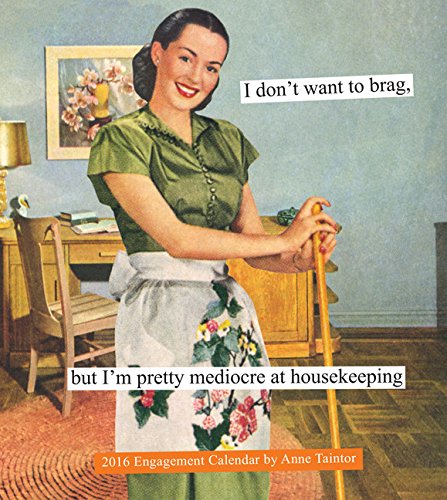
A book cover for Anne Taintor 2016 Engagement Calendar; Anne Taintor; Humor & Entertainment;